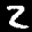
Label: 2